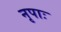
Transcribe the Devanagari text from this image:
नृपाः